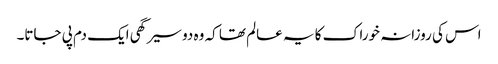
اس کی روزانہ خوراک کا یہ عالم تھا کہ وہ دو سیر گھی ایک دم پی جاتا۔